Trukikaitis_Postimees, lk 14
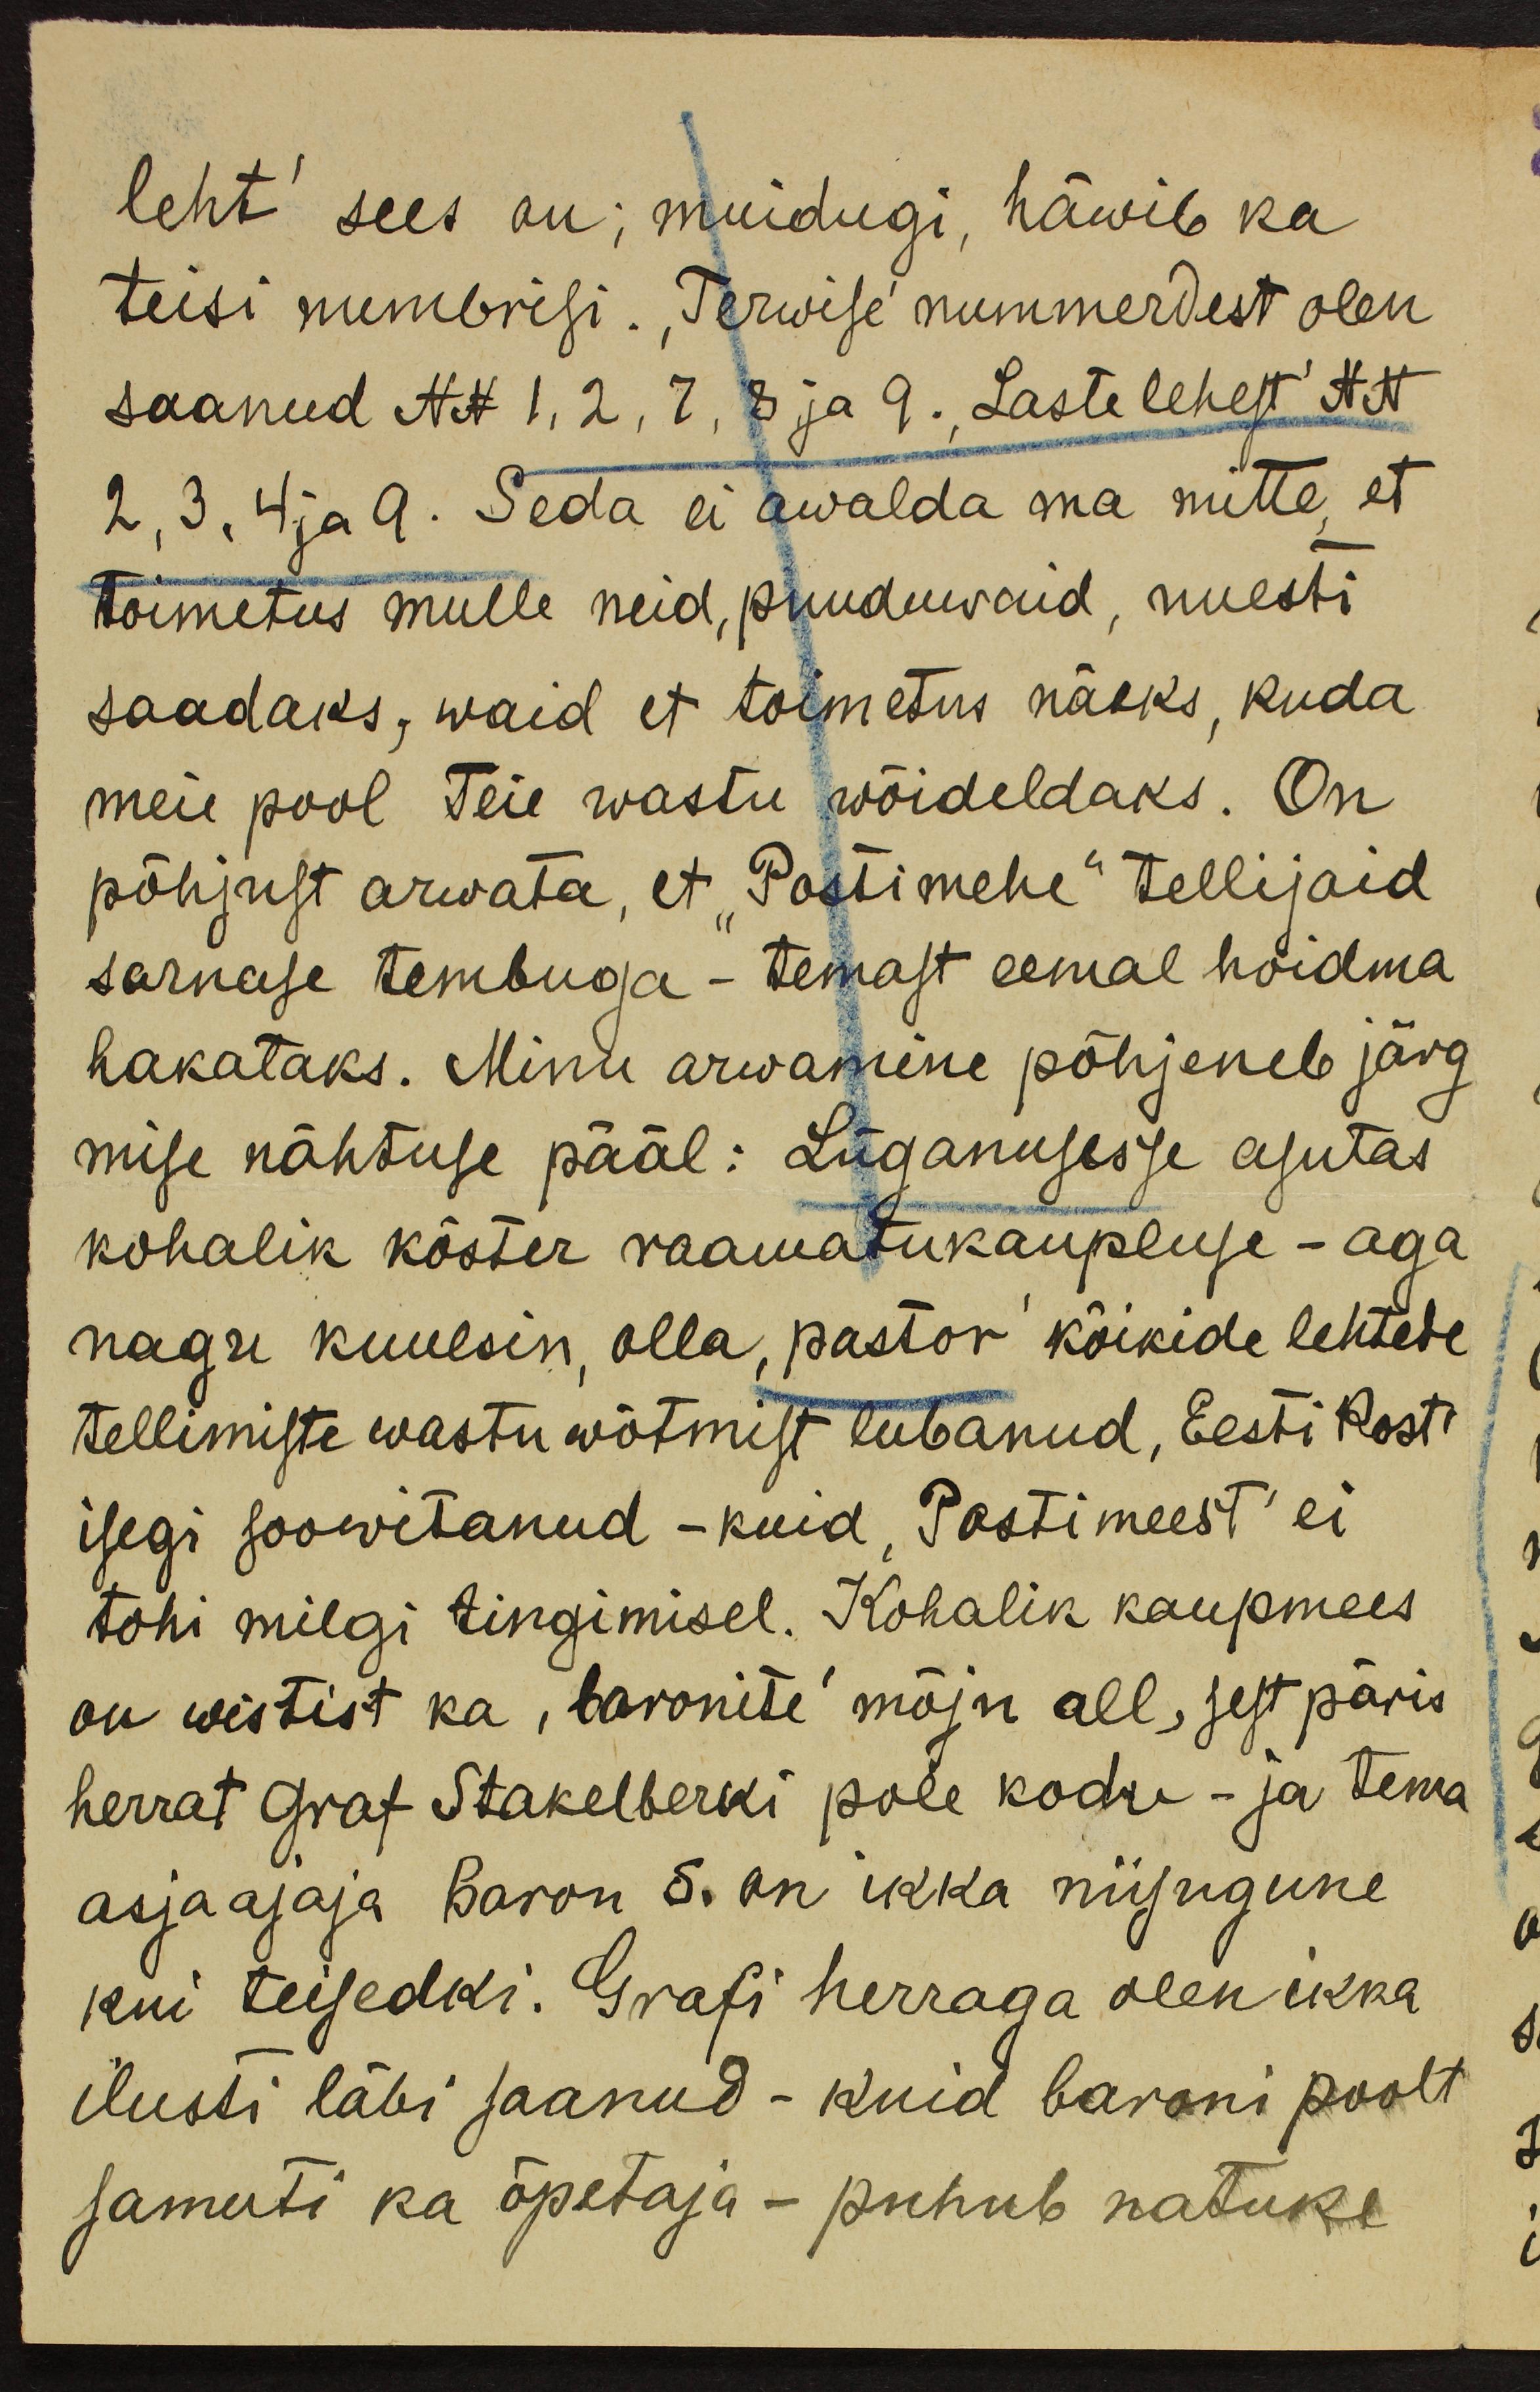
leht" sees on; muidugi, häwib ka
teisi numbrisi. "Terwise" nummerdest olen
saanud No 1, 2, 7, 8 ja 9. "Laste lehest" No
2, 3. 4 ja 9. Seda ei awalda ma mitte, et
toimetus mulle neid, puuduwaid, uuesti
saadaks, waid et toimetus näeks, kuda
meie pool Teie wastu wõideldaks. On
põhjust arwata, et "Postimehe" tellijaid
sarnase tembuga - temast eemal hoidma
hakataks. Minu arwamine põhjeneb järg
mise nähtuse pääl: Lüganusesse asutas
kohalik köster raamatukaupluse - aga
nagu kuulsin, olla, pastor kõikide lehtede
tellimiste wastu wõtmist lubanud, Eesti Posti
isegi soowitanud - kuid "Postimeest" ei
tohi milgi tingimisel. Kohalik kaupmees
on wistist ka "baronite" mõju all, sest päris
herrat Graf Stakelberki pole kodu - ja tema
asjaajaja Baron S. on ikka niisugune
kui teisedki. Grafi herraga olen ikka
ilusti läbi saanud - kuid baroni poolt
samuti ka õpetaja - puhub natuke